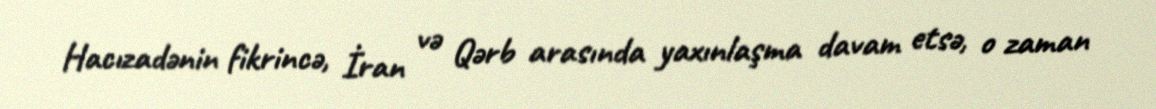
Hacızadənin fikrincə, İran və Qərb arasında yaxınlaşma davam etsə, o zaman